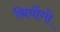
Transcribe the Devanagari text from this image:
थियोंगो